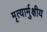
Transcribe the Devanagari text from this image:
मृत्यार्मुक्षीय